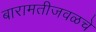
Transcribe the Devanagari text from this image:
बारामतीजवळचे